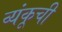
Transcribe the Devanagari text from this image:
व्यंकूची